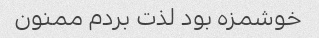
خوشمزه بود لذت بردم ممنون